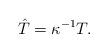
LaTeX: \begin{align*} \hat{T}=\kappa^{-1}T.\end{align*}